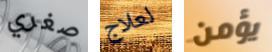
صغري لعلاج يؤمن